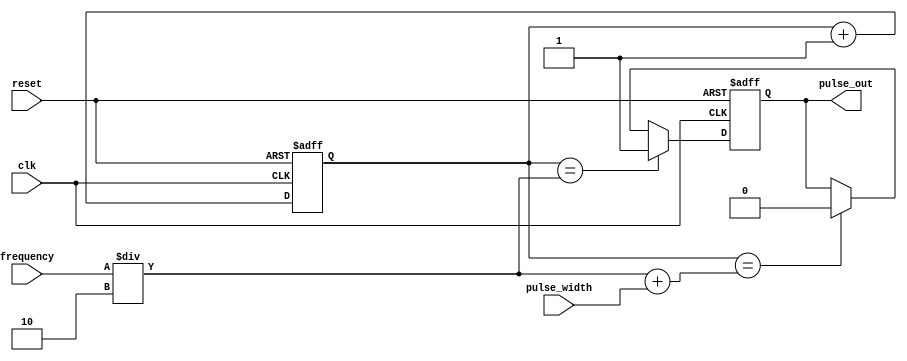
module Falling_Edge_Pulse_Generator (
    input wire clk,
    input wire reset,
    input wire pulse_width,
    input wire frequency,
    output wire pulse_out
);

reg [31:0] counter;
reg pulse;

always @(posedge clk or posedge reset) begin
    if (reset) begin
        counter <= 32'd0;
        pulse <= 1'b0;
    end else begin
        if (counter == frequency / 2) begin
            pulse <= 1'b1;
        end else if (counter == frequency / 2 + pulse_width) begin
            pulse <= 1'b0;
            counter <= 32'd0;
        end
        counter <= counter + 1;
    end
end

assign pulse_out = pulse;

endmodule